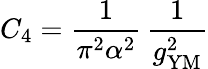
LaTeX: C_{4}=\frac{1}{\pi^{2}\alpha^{2}}\, \frac{1}{g_{\mathrm{YM}}^{2}}